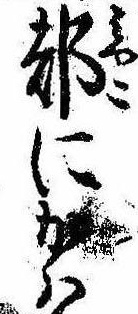
都にかは